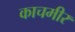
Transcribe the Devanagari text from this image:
काचमीर